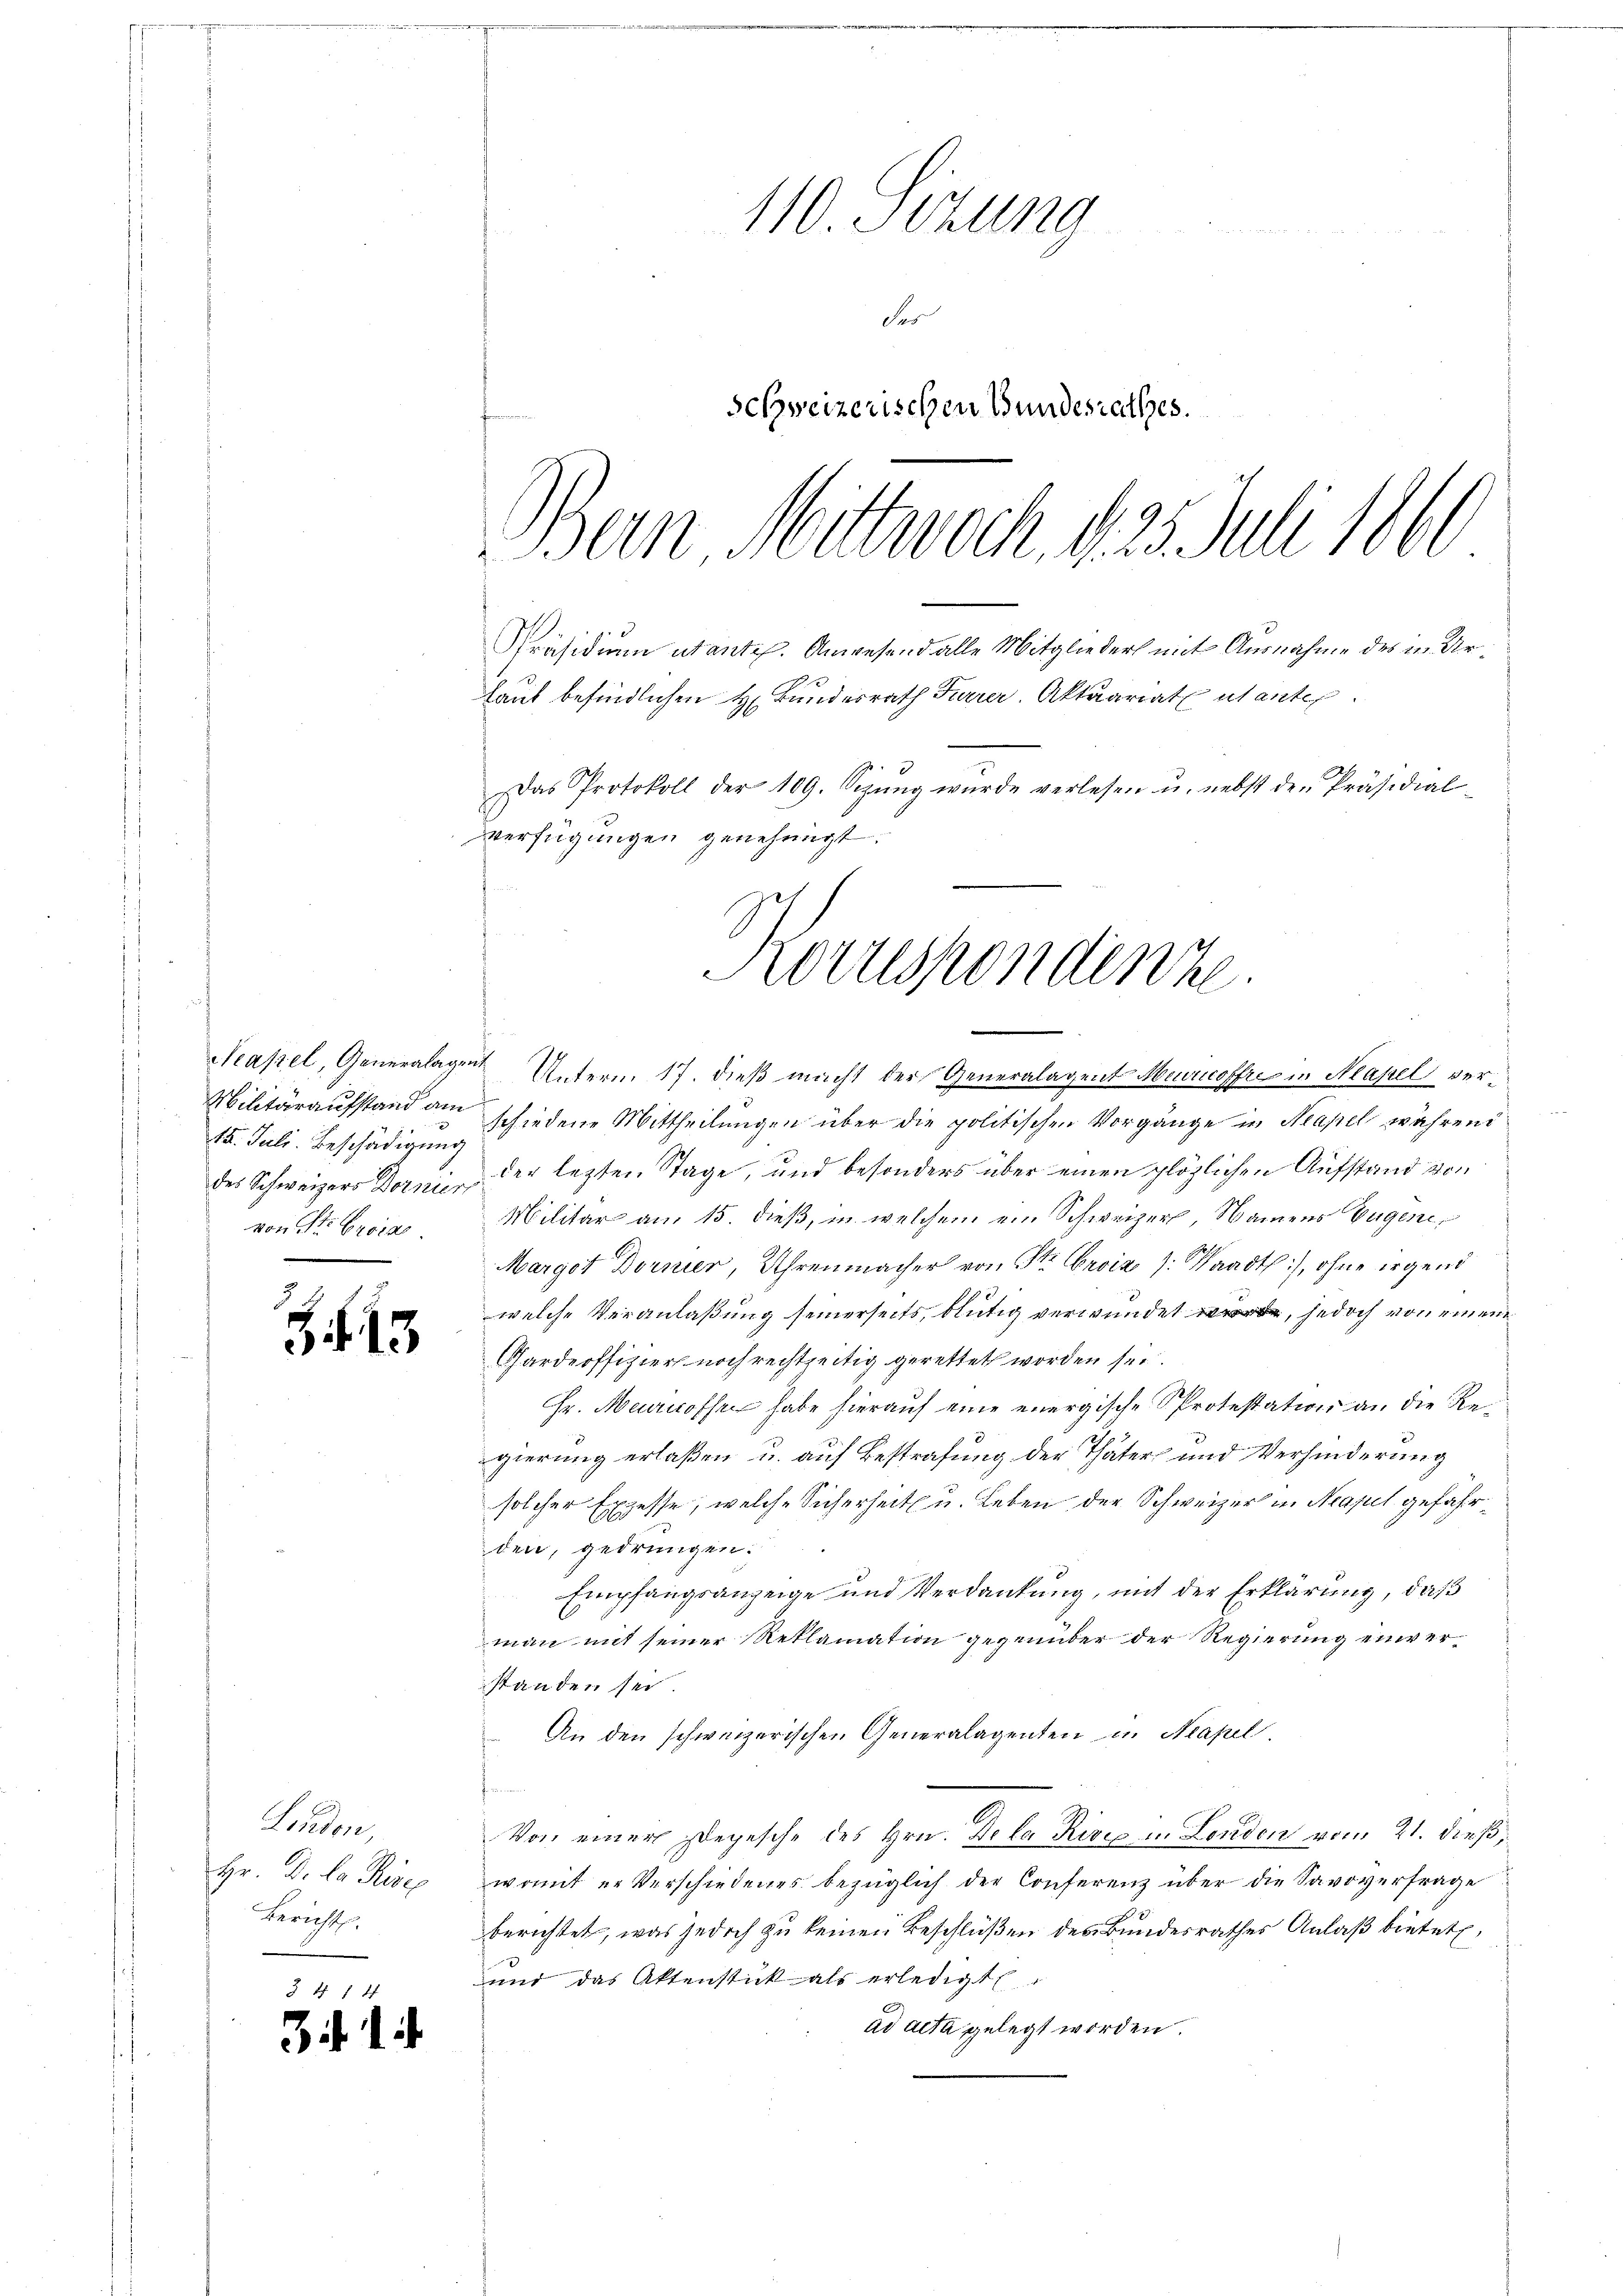
15. Juli. Beschädigung.
von St. Lucia

Z. 15

Lenden,
Hr. De la Reises
Bericht,

3

.

110. Sizung
des
schweizerischen Bundesrathes.
Bern Mittwoch, d. 25. Juli 1861

Präsidium utante. Anwesend alle Mitglieder mit Ausnahme des in Ur¬
Laut befindlichen H. Bundesrath Furrer. Aktuariat utante
Das Protokoll der 109. Sizŭng wurde verlesen u. nebst den Präsidial-
Verfügungen genehmigt.

Korrespondinne.
.

Neapel, Generalagen Unterm 17. dieß macht der Generalagent Meurnoffre in Masel ver¬
Militäraufstand am schiedene Mittheilungen über die politischen Vorgänge in Neapel während
des Schweizers Dornier der lezten Tage, und besonders über einen plötzlichen Aufstand von
Militär am 15. dieß, in welchem ein Schweizer, Namens Eugene
Margot Dornier, Uhrenmacher von St. Orviz /: Waadt), ohne irgend
welche Veranlaßung seinerseits, blütig verwundet, jedoch von einem
Gardeoffizier noch rechtzeitig gerettet worden sei.
Hr. Mancossen habe hierauf eine energische Protestation an die Regierung erlaßen u. auf Bestrafung der Thäter und Verhinderung
solcher Excesse, welche Sicherheit u. Leben der Schweizer in Neapel gefährden, gedrungen.
Empfangsanzeige und Verdankung, mit der Erklärung, daß
man mit seiner Reklamation gegenüber der Regierung einverstanden sei.
An den schweizerischen Generalagenten in Neapel.
Von einer Depesche des Hrn. De la Rivex in London vom 21. dieß,
womit er Verschiedenes bezüglich der Conferenz über die Savoverfrage
berichtet, was jedoch zu keinen Beschlüßen des Bundesrathes Anlaß bietet,
und das Aktenstück als erledigt
ad acta gelegt worden.